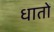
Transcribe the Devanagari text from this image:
धातों